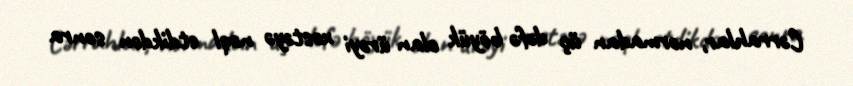
Cərrahlar, normadan üç dəfə böyük olan ürəyi xəstəyə nəql etdikdən sonra